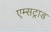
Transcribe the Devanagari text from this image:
एम्सट्राड